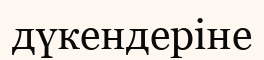
дүкендеріне